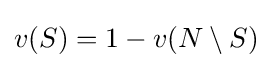
v(S)=1-v(N\setminus S)